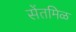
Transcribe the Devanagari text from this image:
सेंतमिळ